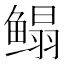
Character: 鳎